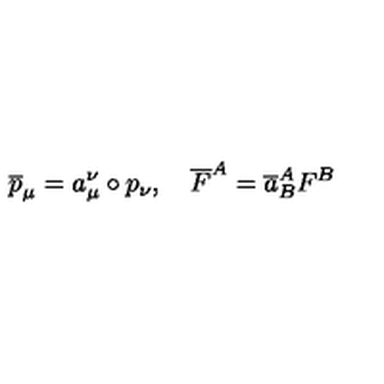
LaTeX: \overline { { p } } _ { \mu } = a _ { \mu } ^ { \nu } \circ p _ { \nu } , \quad \overline { { F } } ^ { A } = \overline { { a } } _ { B } ^ { A } F ^ { B }